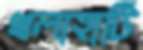
খলাহাটি